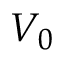
V _ { 0 }